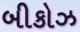
બીકોઝ